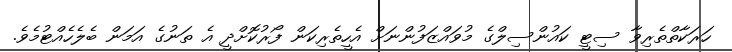
ހަރަކާތްތެރިވާ ސިޓީ ކައުންސިލްގެ މުވައްޒަފުންނަށް އެހީތެރިކަން ފޯރުކޮށްދީ އެ ތަނުގެ އަމަން ބެލެހެއްޓުމެވެ.